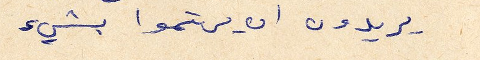
يريدون ان يهتموا بشيء